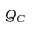
Q _ { C }